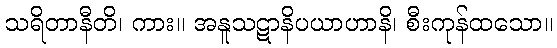
သရိတာနီတိ၊ ကား။ အနူသဋာနိပယာဟာနိ၊ စီးကုန်ထသော။